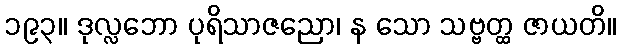
၁၉၃။ ဒုလ္လဘော ပုရိသာဇညော၊ န သော သဗ္ဗတ္ထ ဇာယတိ။